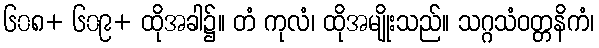
၆၀၈+ ၆၀၉+ ထိုအခါ၌။ တံ ကုလံ၊ ထိုအမျိုးသည်။ သဂ္ဂသံဝတ္တနိကံ၊